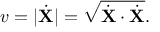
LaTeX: v = | { \dot { \mathbf { X } } } | = { \sqrt { { \dot { \mathbf { X } } } \cdot { \dot { \mathbf { X } } } } } .